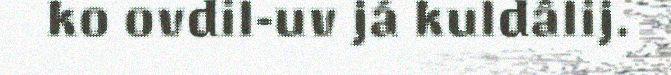
ko ovdil-uv já kuldâlij.